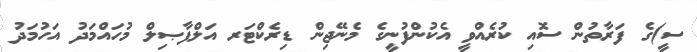
ސީ)ގެ ފަރާތުން ސޮއި ކުރެއްވީ އެކުންފުނީގެ މެނޭޖިން ޑިރެކްޓަރ އަލްފާޞިލް މުހައްމަދު އަހުމަދު